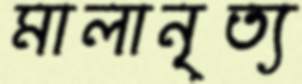
মালানৃত্য